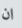
ان